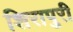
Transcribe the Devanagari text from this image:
शिरापुरी